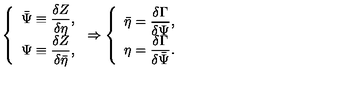
\left\{ \begin{array} { r c l } { \bar { \Psi } \equiv \displaystyle \frac { \delta Z } { \delta \eta } , } \\ { \Psi \equiv \displaystyle \frac { \delta Z } { \delta \bar { \eta } } , } \\ \end{array} \right. \Rightarrow \left\{ \begin{array} { r c l } { \bar { \eta } = \displaystyle \frac { \delta \Gamma } { \delta \Psi } , } \\ { \eta = \displaystyle \frac { \delta \Gamma } { \delta \bar { \Psi } } . } \\ \end{array} \right.